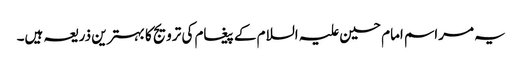
یہ مراسم امام حسین علیہ السلام کے پیغام کی ترویج کا بہترین ذریعہ ہیں۔